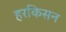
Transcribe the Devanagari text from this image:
हरकिसन